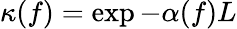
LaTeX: \kappa(f)=\exp{-\alpha(f)L}